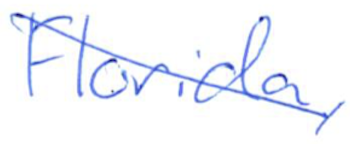
Text: Florida,
Cross-out: mix
Writing tool: ballpoint